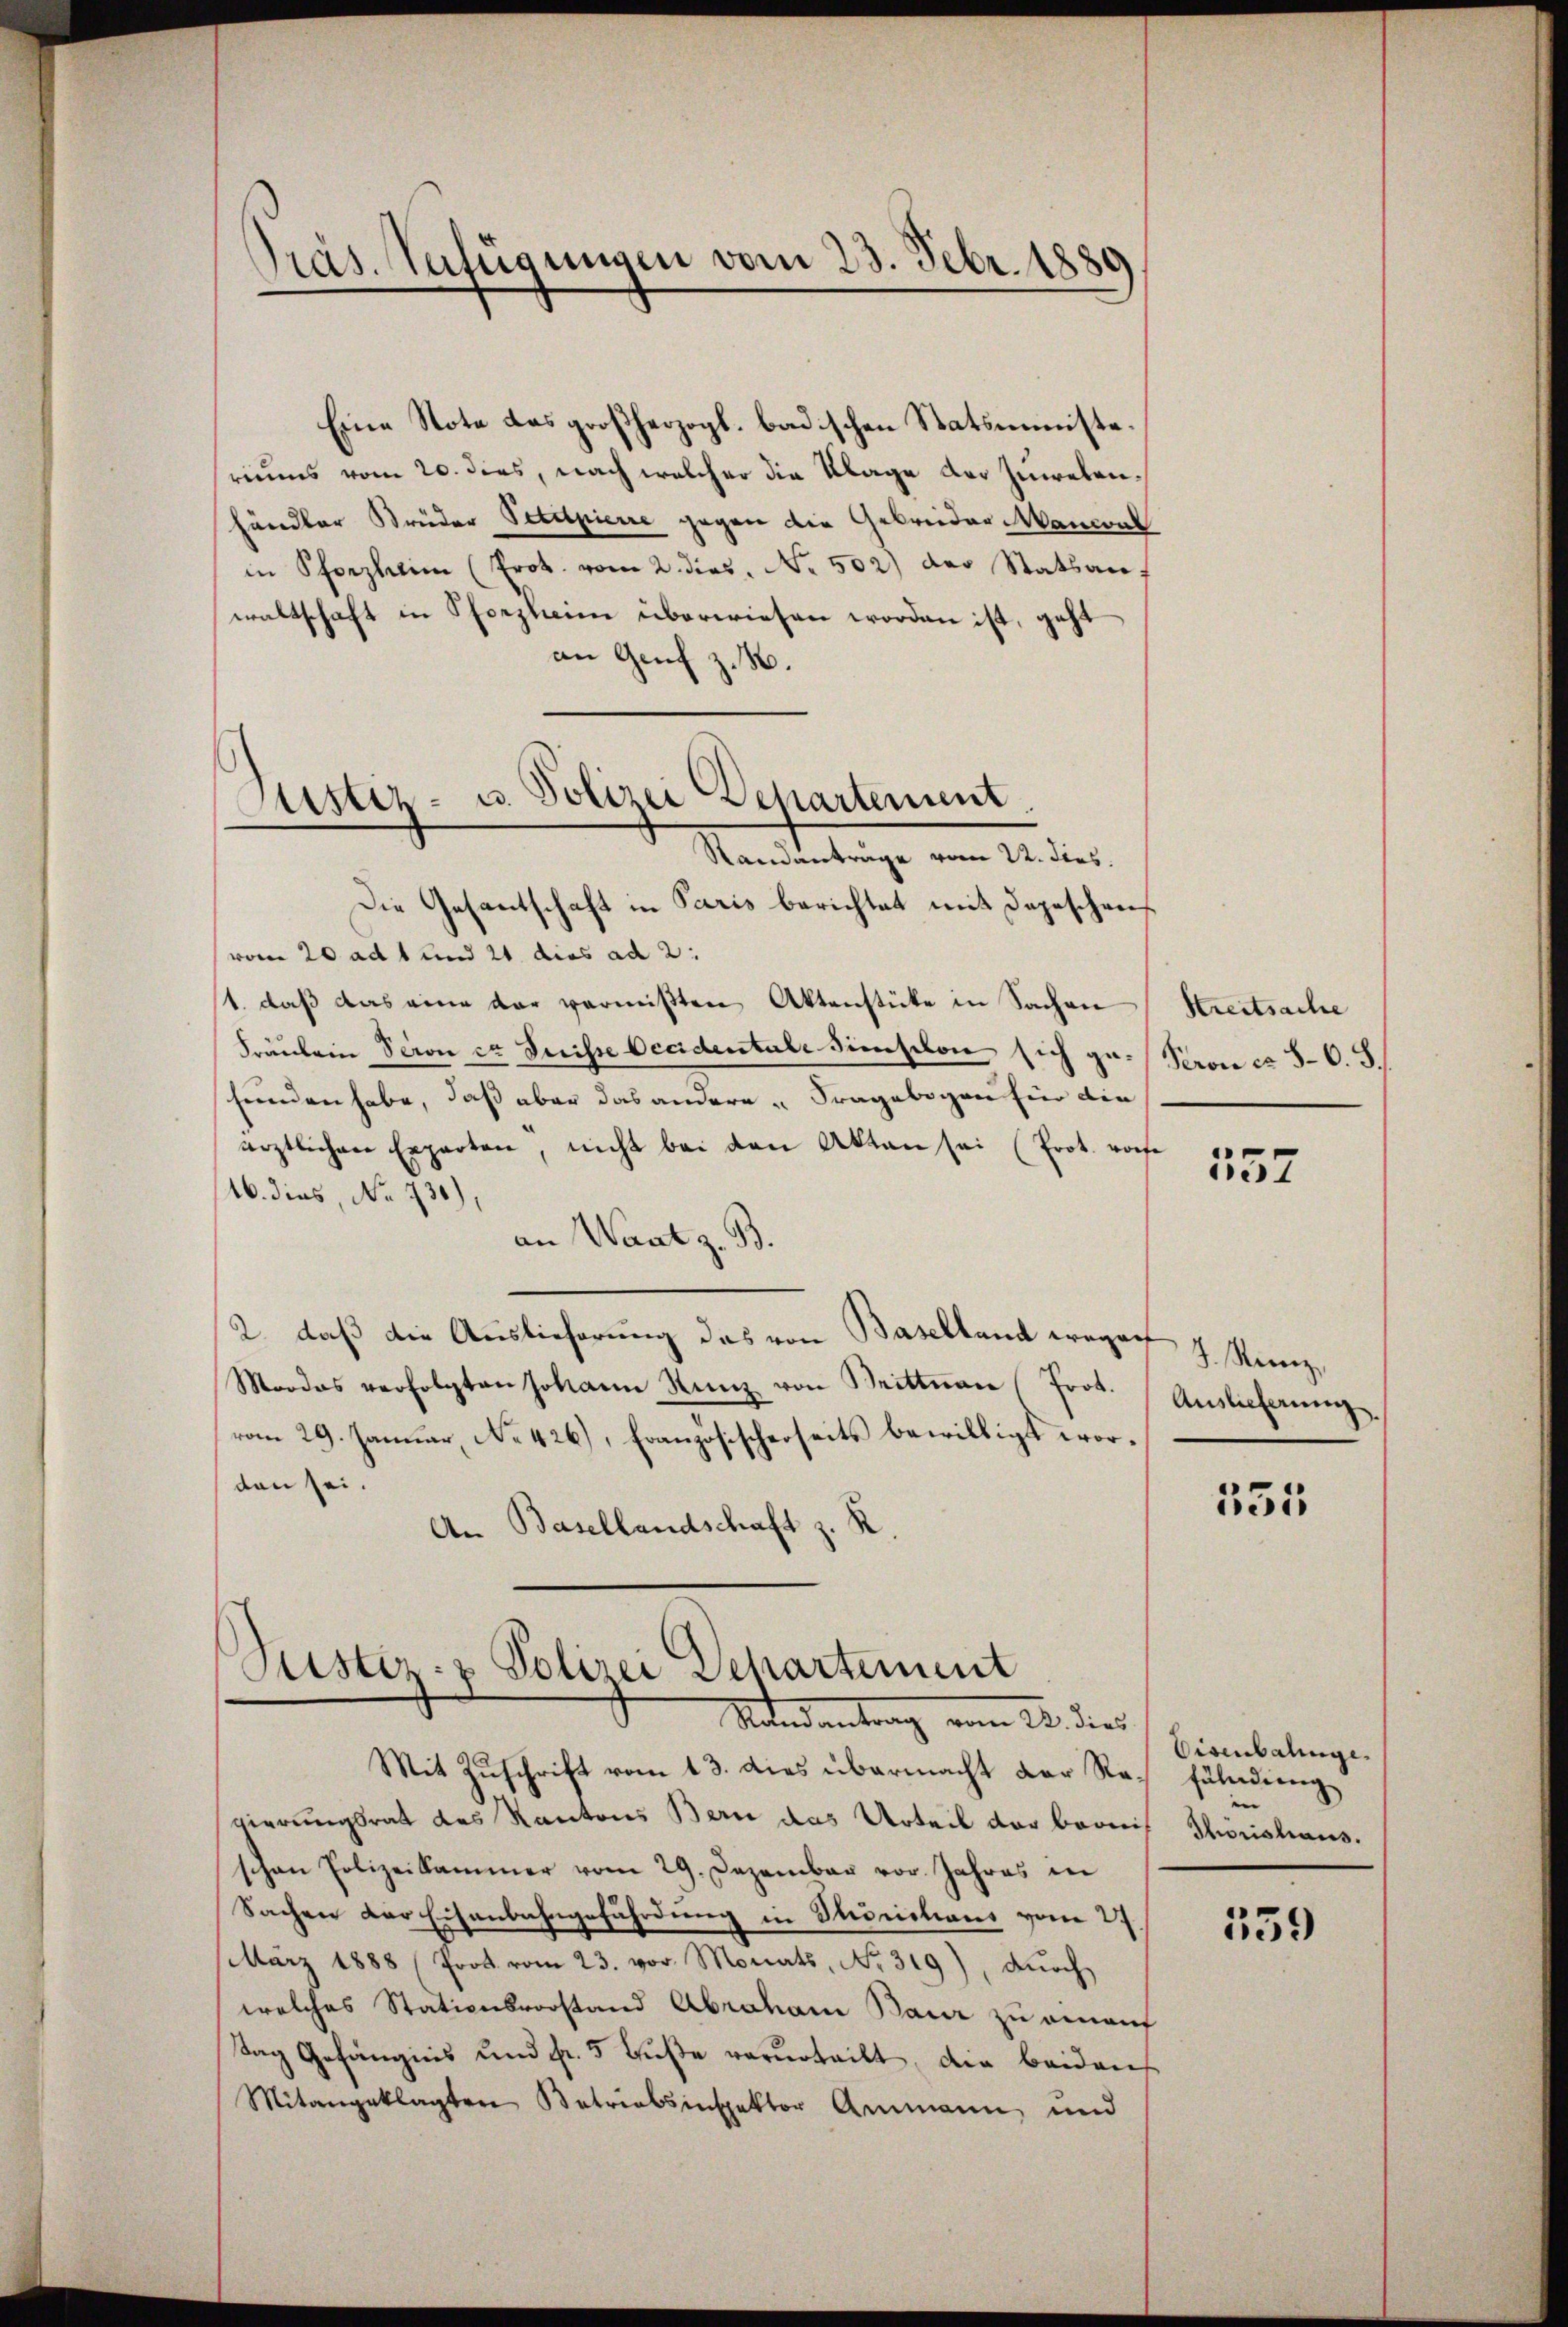
Pras. Zufügungen vom 23. Febr. 1889

Eine Note das großherzogl. badischen Statsministeriums vom 20. dies, nach welcher die Klage der Zielenhändler Brüder Petitpierre gegen die Gebreider Mancul
in Pforzheim (Prok. vom 2. dies. No. 502) der Statsanwaltschaft in Pforzheim überwiesen worden ist, geht
an Genf z. B.
Standantrage vom 22. dies
Die Gesantschaft in Paris berichtet mit Depeschens
vom 20 ad 1 und 21 dies ad 2.
1. daß das eine dar vermißten Aktenstücke in Sachen
Fräulein Seron in Suisse Occidentale Simischon sich gefunden habe, daß aber das andere Fragebogen für die
ärztlichen Experten, nicht bei den Akten sei (Prot. vorhe
16. dies, No 730),
an Want z. B.
2. daß die Auslieferung das von Baselland wegen
Mordes verfolgten Johann Kunz von Brittnau (Prot.
vom 29. Januar No. 426), Französischerseits bewilligt worten sei.
An Basellandschaft z. K

Sistiz- u. Polizei Departement.

Pustiz- & Polizei Departement
Nandantrag vom 22. dies

Mit Zuschrift vom 13. dies übermacht der Regierungsrat des Kantons Bern das Urteil der beris
schen Polizeikammer vom 29. Dezember vor. Jahres in
Sachen der Eisenbahngefährdung in Thorishaus vom 27
März 1888 (Prot vom 23. vor. Monats, No. 319), dŭrch
welches Stationsvorstand Abraham Baur zu genauf
Tag Gefängnis und Fr. 5 Fuße verurteilt, die beidens
Mitangeklagten Betriebsinspektor Ammann und

Streitsache
Peron ca 8–C. S.

557

J. Kunz,
Auslieferung.

331

Eisenbalinge
fülndung
e
Thorishaus.

139